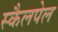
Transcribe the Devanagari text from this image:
स्कैलपेल